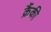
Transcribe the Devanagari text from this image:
क्रैंकी